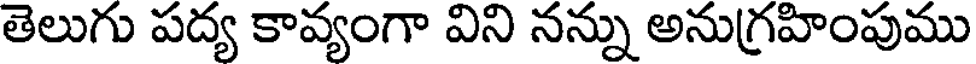
తెలుగు పద్య కావ్యంగా విని నన్ను అనుగ్రహింపుము